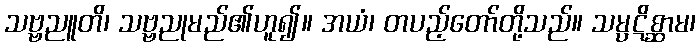
သဗ္ဗညူတိ၊ သဗ္ဗညုမည်၏ဟူ၍။ အယံ၊ တပည့်တော်တို့သည်။ သမ္ပဋိစ္ဆာမ၊